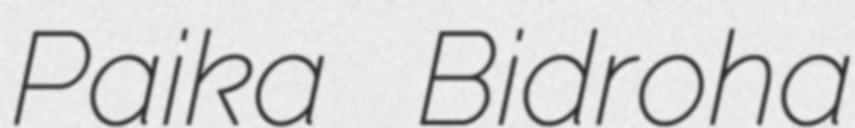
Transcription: Paika Bidroha